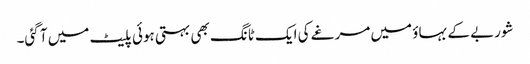
شوربے کے بہاؤ میں مرغے کی ایک ٹانگ بھی بہتی ہوئی پلیٹ میں آ گئی۔